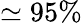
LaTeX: \simeq 95\%